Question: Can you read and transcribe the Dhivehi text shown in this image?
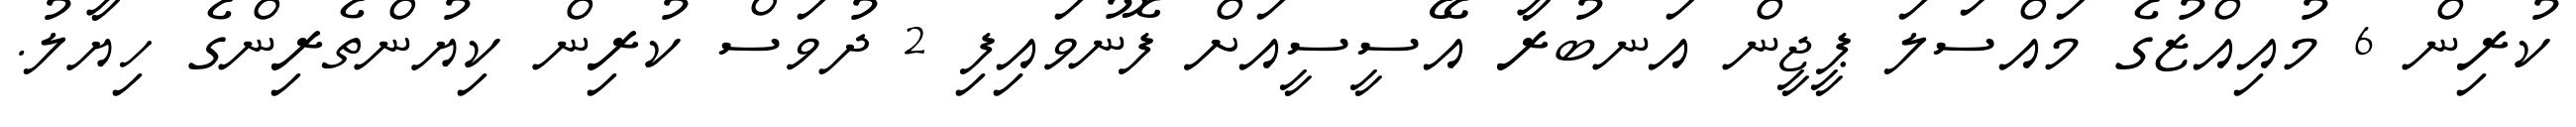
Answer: ކުރިން 6 މުއިއްޒުގެ މައްސަލަ ޕީޖީން އަނބުރާ އޭސީސީއަށް ފޮނުވައިފި 2 ދުވަސް ކުރިން ކިޔުންތެރިންގެ ހިޔާލު.